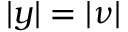
| y | = | \nu |